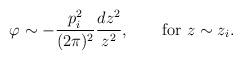
LaTeX: \begin{align*}\varphi\sim -{p_i^2\over (2\pi)^2}{dz^2\over z^2},\quad \quad{\rm for}\,\, z\sim z_i.\end{align*}